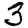
Digit: 3